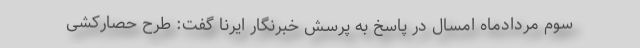
سوم مردادماه امسال در پاسخ به پرسش خبرنگار ایرنا گفت: طرح حصارکشی